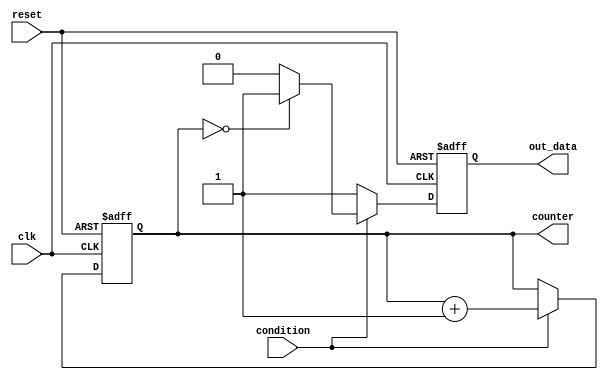
module loop_with_conditionals (
    input wire clk,
    input wire reset,
    input wire condition,
    output reg [7:0] counter,
    output reg out_data
);

always @(posedge clk or posedge reset) begin
    if (reset) begin
        counter <= 0;
        out_data <= 0;
    end else begin
        if (condition) begin
            case (counter)
                4'd0: out_data <= 8'b00000001;
                4'd1: out_data <= 8'b00000010;
                4'd2: out_data <= 8'b00000100;
                4'd3: out_data <= 8'b00001000;
                default: out_data <= 8'b00000000;
            endcase
            counter <= counter + 1;
        end else begin
            out_data <= 8'b11111111;
        end
    end
end

endmodule